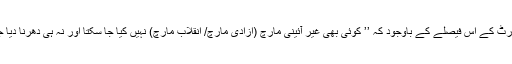
لاہور ہائی کورٹ کے اِس فیصلے کے باوجود کہ ’’ کوئی بھی غیر آئینی مارچ (آزادی مارچ/ انقلاب مارچ) نہیں کیا جا سکتا اور نہ ہی دھرنا دِیا جا سکتا‘‘ ہے ۔